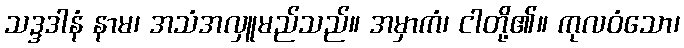
သဒ္ဒဒါနံ နာမ၊ အသံအလှူမည်သည်။ အမှာကံ၊ ငါတို့၏။ ကုလဝံသော၊